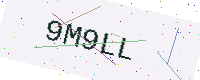
Text: 9M9LL